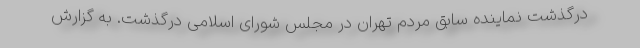
درگذشت نماینده سابق مردم تهران در مجلس شورای اسلامی درگذشت. به گزارش